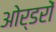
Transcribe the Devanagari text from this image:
ओर्डरों